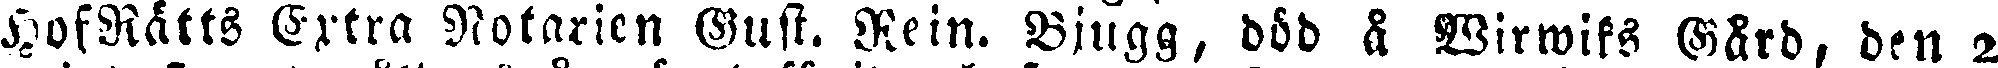
HofRätts Extra Notarien Gust. Rein. Bjugg, död 8 Wirwiks Gård, den 2